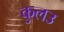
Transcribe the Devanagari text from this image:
कुलउ